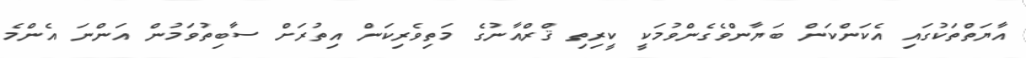
އާޔަތްތަކުގައި އެކަންކަން ބަޔާންވެގެންވުމަކީ ކީރިތި ޤްރްއާނުގެ މަތިވެރިކަން އިތުރަށް ސާބިތުވަމުން އަންނަ އެންމެ